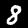
Label: 8